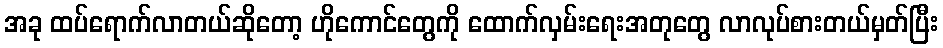
အခု ထပ်ရောက်လာတယ်ဆိုတော့ ဟိုကောင်တွေကို ထောက်လှမ်းရေးအတုတွေ လာလုပ်စားတယ်မှတ်ပြီး